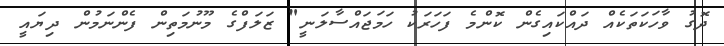
ދޮގު ވާހަކަތަކެއް ދައްކައިގެން ކޮންމެ ފަހަރަކު ހަމަޖައްސާލަނީ" ޒަލަފްގެ މޫނުމަތިން ފެންނަމުން ދިޔައީ